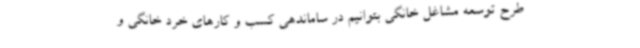
طرح توسعه مشاغل خانگی بتوانیم در ساماندهی کسب و کارهای خرد خانگی و